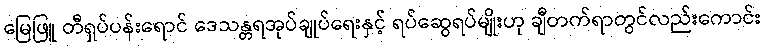
မြေဖြူ တီရှပ်ပန်းရောင် ဒေသန္တရအုပ်ချုပ်ရေးနှင့် ရပ်ဆွေရပ်မျိုးဟု ချီတက်ရာတွင်လည်းကောင်း